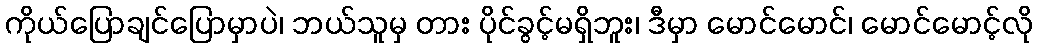
ကိုယ်ပြောချင်ပြောမှာပဲ၊ ဘယ်သူမှ တား ပိုင်ခွင့်မရှိဘူး၊ ဒီမှာ မောင်မောင်၊ မောင်မောင့်လို